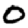
Digit: 0